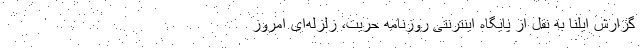
گزارش ایلنا به نقل از پایگاه اینترنتی روزنامه حریت، زلزله‌ای امروز